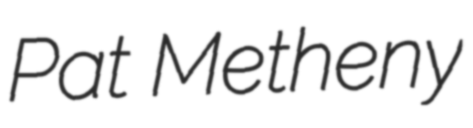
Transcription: Pat Metheny